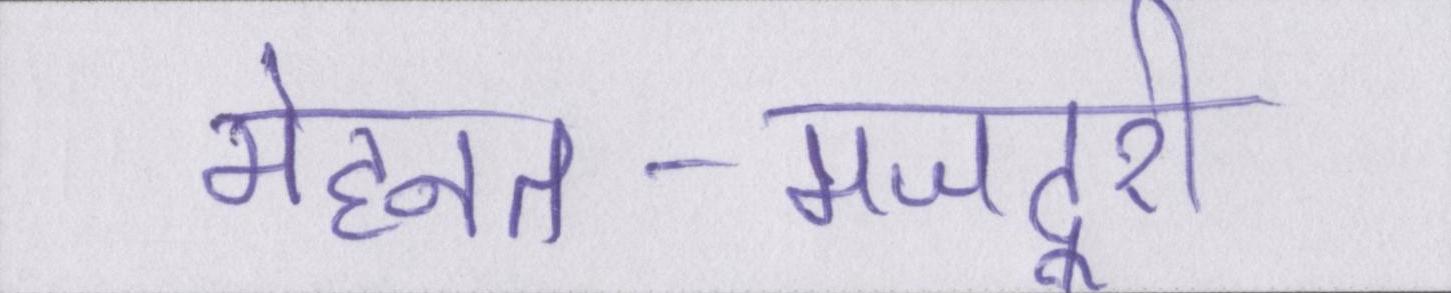
मेहनत-मजदूरी